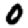
Digit: 0